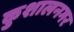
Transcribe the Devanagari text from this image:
कुशालनगर